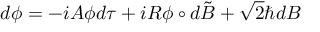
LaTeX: d \phi = - i { \cal A } \phi d \tau + i R \phi \circ d \tilde { B } + \sqrt { 2 } \hbar d B